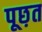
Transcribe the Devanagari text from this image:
पूछ़त